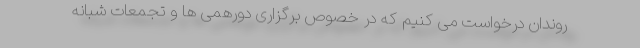
روندان درخواست می کنیم که در خصوص برگزاری دورهمی ها و تجمعات شبانه